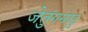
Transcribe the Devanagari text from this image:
जेतुंगनाडु